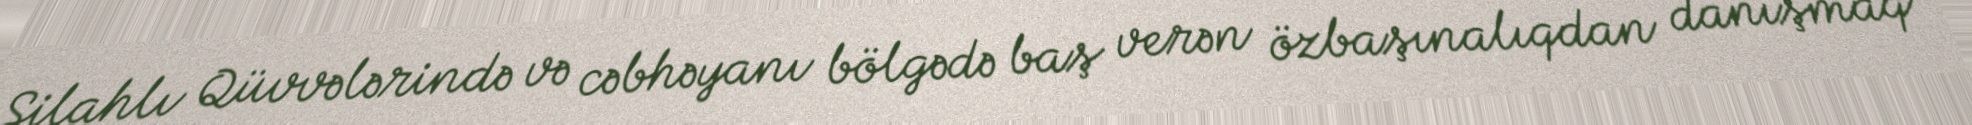
Silahlı Qüvvələrində və cəbhəyanı bölgədə baş verən özbaşınalıqdan danışmaq